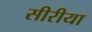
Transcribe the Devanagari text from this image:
सीरीया